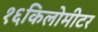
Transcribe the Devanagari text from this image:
१६किलोमीटर